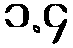
၁.၄